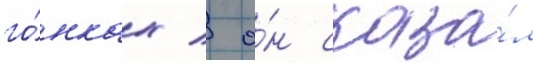
го́нках / о́н сказа́л